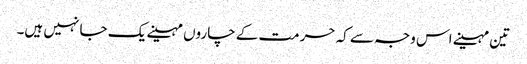
تین مہینے اس وجہ سے کہ حرمت کے چاروں مہینے یک جا نہیں ہیں۔